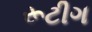
રૂટીગ